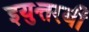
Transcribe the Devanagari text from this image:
इयुत्तरबी